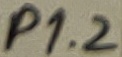
Text: P1.2